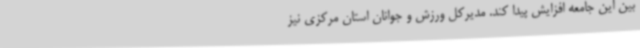
بین این جامعه افزایش پیدا کند. مدیرکل ورزش و جوانان استان مرکزی نیز